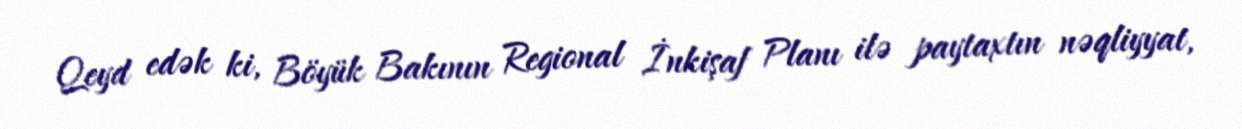
Qeyd edək ki, Böyük Bakının Regional İnkişaf Planı ilə paytaxtın nəqliyyat,